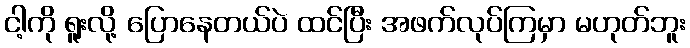
ငါ့ကို ရူးလို့ ပြောနေတယ်ပဲ ထင်ပြီး အဖက်လုပ်ကြမှာ မဟုတ်ဘူး